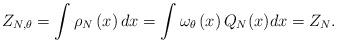
LaTeX: \begin{align*}Z_{N,\theta }=\int \rho _{N}\left( x\right) dx=\int\omega _{\theta }\left(x\right) Q_{N}(x)dx=Z_{N}.\end{align*}